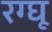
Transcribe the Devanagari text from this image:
रग्घू